Report on sanitation, dispensaries, and jails in Rajputana for 1915, and on vaccination for the year 1915-1916 - 1915-1916
Year: 1915
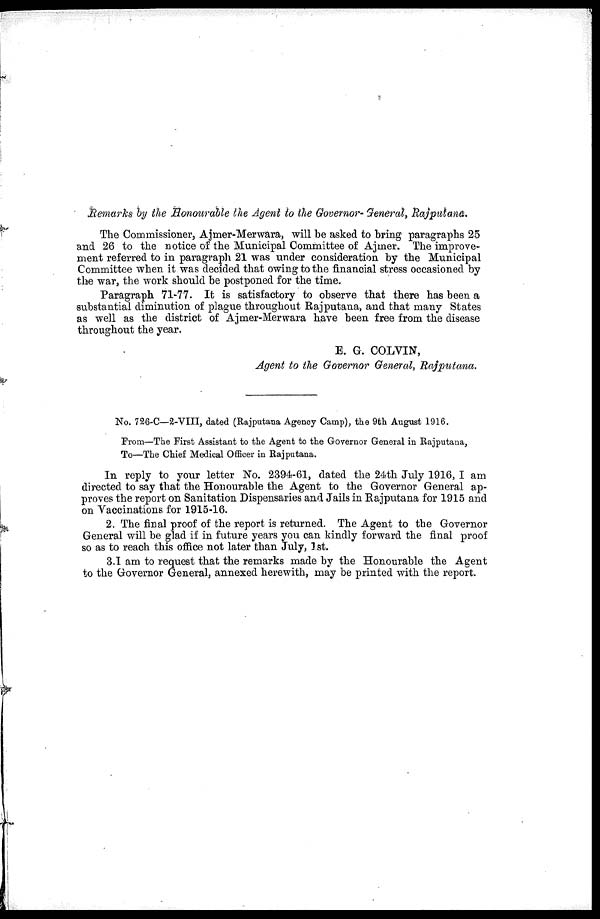
Remarks by the Honourable the Agent to the Governor- General, Rajputana.
The Commissioner, Ajmer-Merwara, will be asked to bring paragraphs 25
and 26 to the notice of the Municipal Committee of Ajmer. The improve-
ment referred to in paragraph 21 was under consideration by the Municipal
Committee when it was decided that owing to the financial stress occasioned by
the war, the work should be postponed for the time.
Paragraph 71-77. It is satisfactory to observe that there has been a
substantial diminution of plague throughout Rajputana, and that many States
as well as the district of Ajmer-Merwara have been free from the disease
throughout the year.
E. G. COLVIN,
Agent to the Governor General, Rajputana.
No. 726-C—2-VIII, dated (Rajputana Agency Camp), the 9th August 1916.
From—The First Assistant to the Agent to the Governor General in Rajputana,
To—The Chief Medical Officer in Rajputana.
In reply to your letter No. 2394-61, dated the 24th July 1916, I am
directed to say that the Honourable the Agent to the Governor General ap-
proves the report on Sanitation Dispensaries and Jails in Rajputana for 1915 and
on Vaccinations for 1915-16.
2. The final proof of the report is returned. The Agent to the Governor
General will be glad if in future years you can kindly forward the final proof
so as to reach this office not later than July, 1st.
3. I am to request that the remarks made by the Honourable the Agent
to the Governor General, annexed herewith, may be printed with the report.